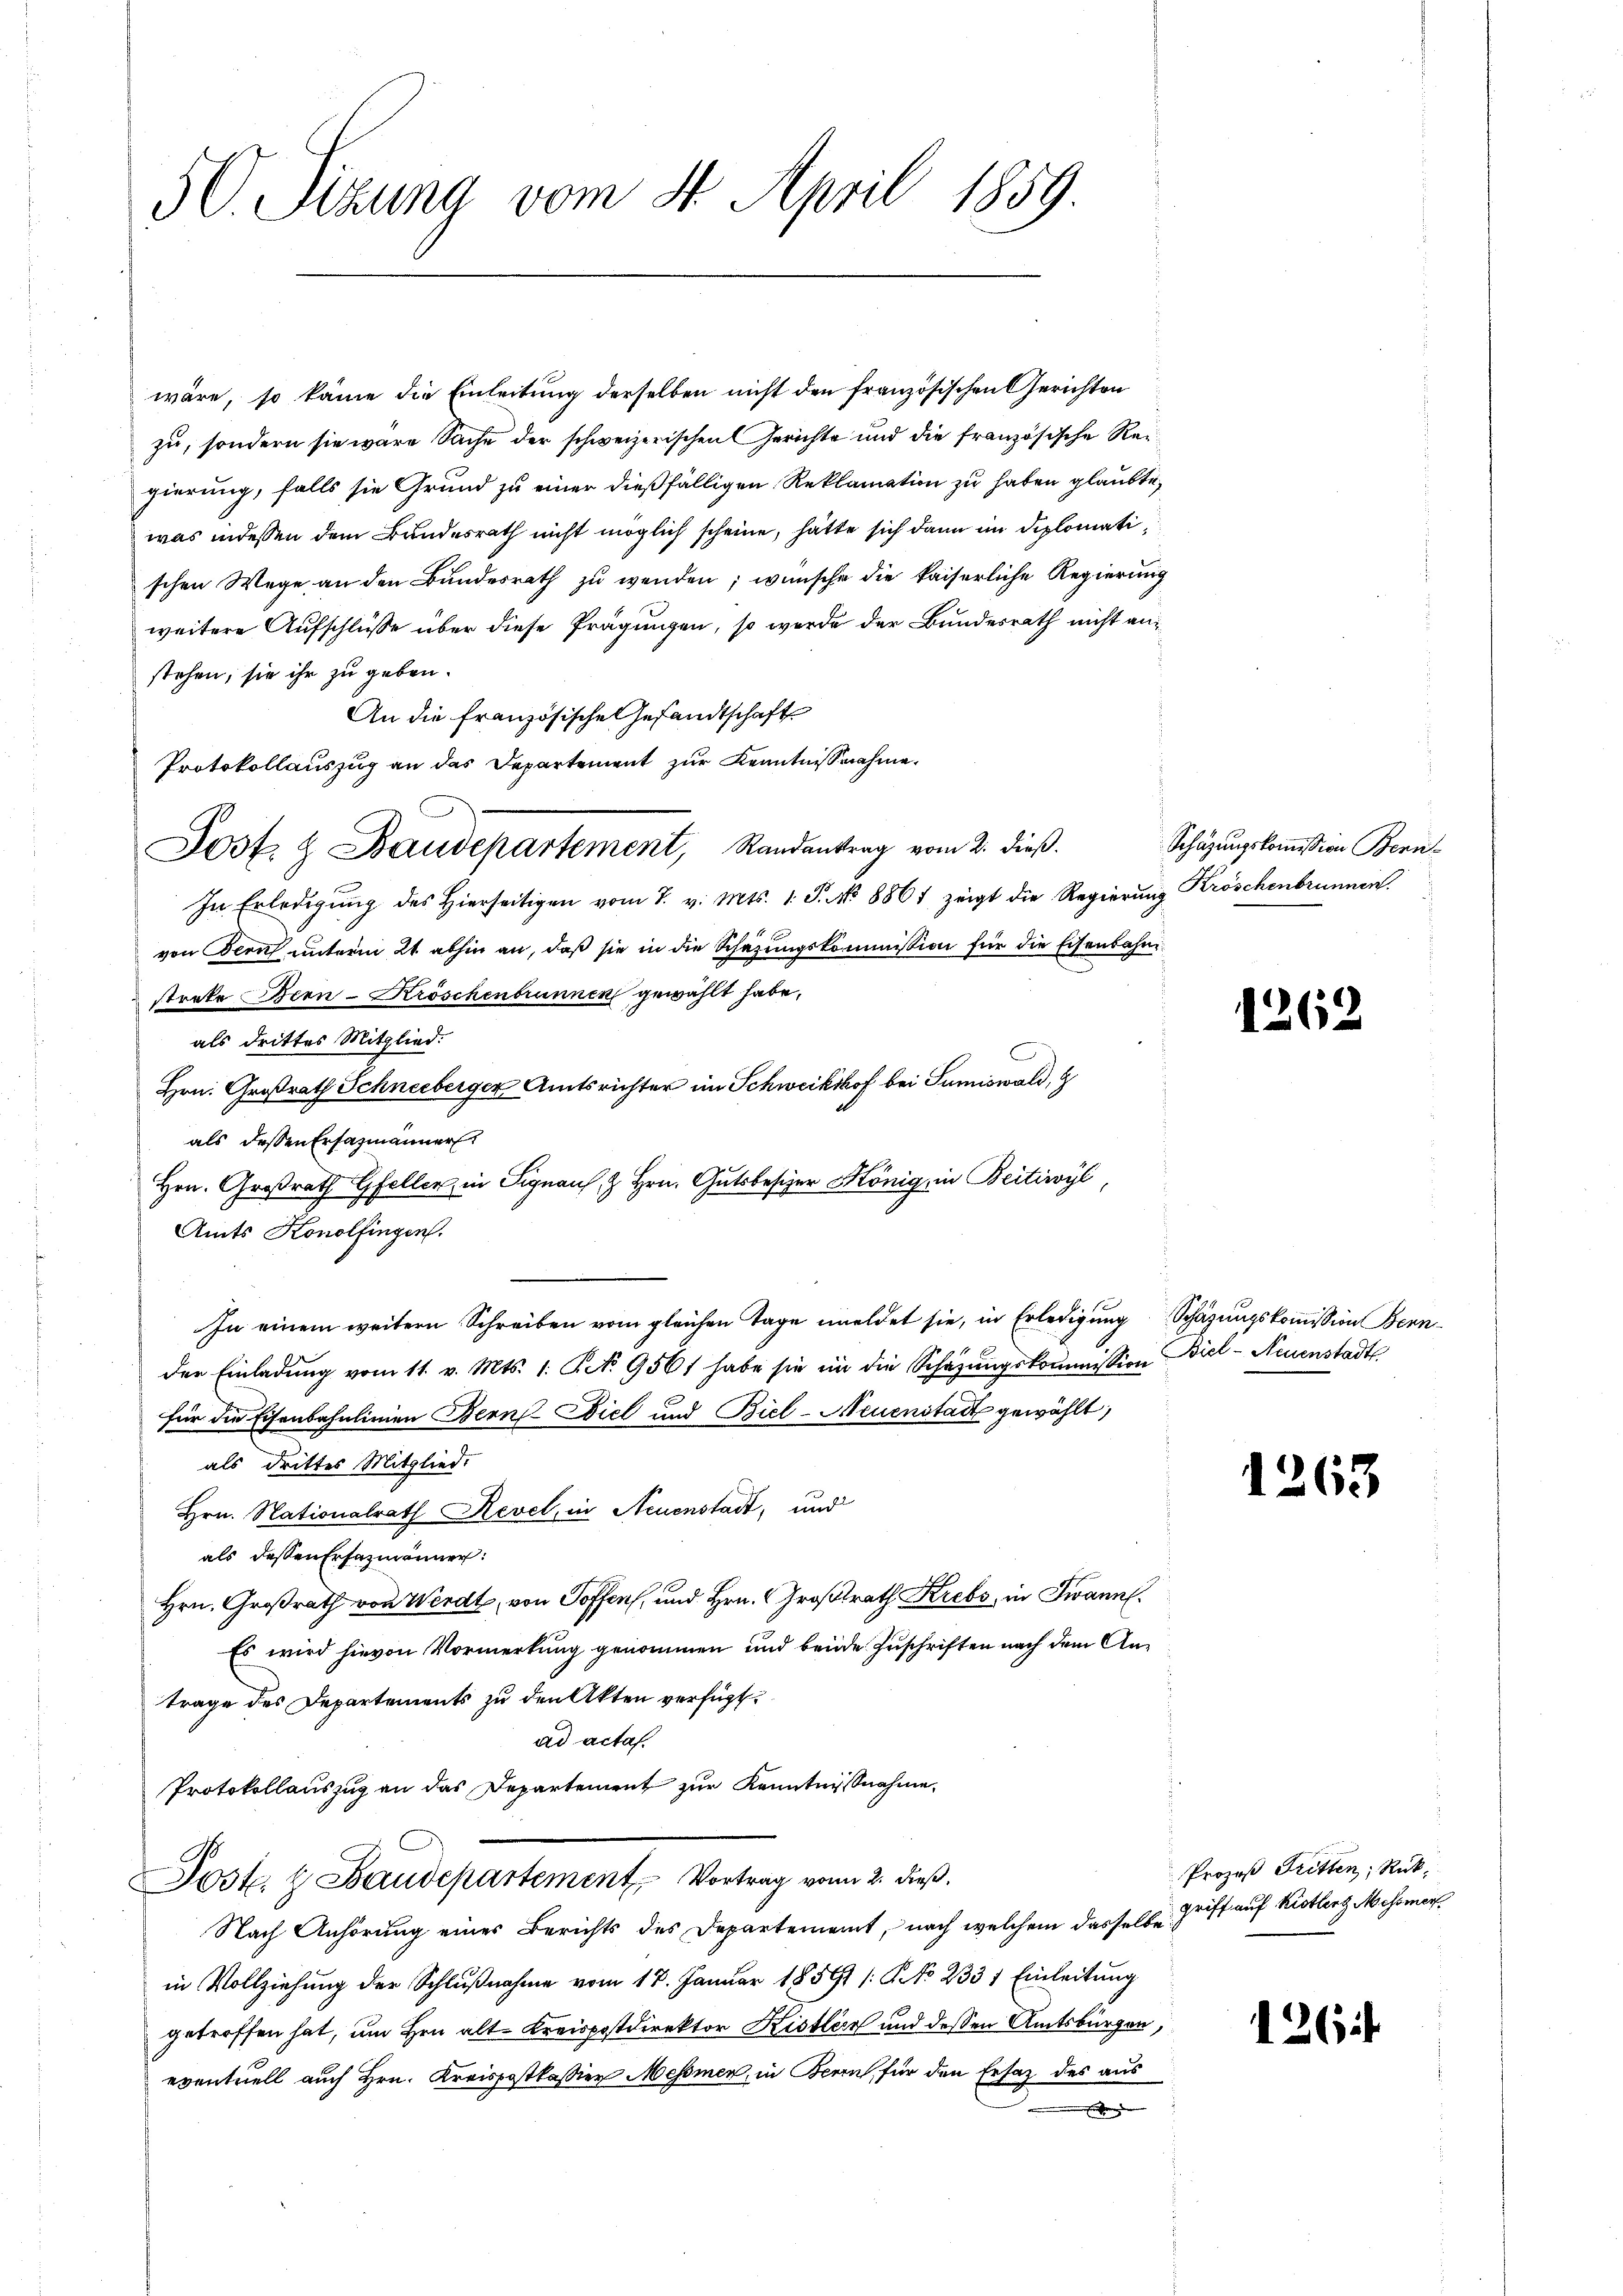
wäre, so käme die Einleitung derselben nicht den französischen Gerichten
zu, sondern sie wäre Sache der schweizerischen Gerichte und die französische Rei
gierung, falls sie Grund zu einer dießfälligen Reklamation zu haben glaubte,
was indessen dem Bundesrath nicht möglich scheine, hätte sich dann im Diplomatischen Wege an den Bundesrath zu wenden; wünsche die kaiserliche Regierung
weitere Aufschlüsse über diese Prägungen, so werde der Bundesrath nicht anstehen, sie ihr zu geben.
An die französische Gesandtschaft
Protokollauszug an das Departement zur Kenntnißnahme,
In Erledigŭng des hierseitigen vom 7. v. Mts. 1. P. No 886 zeigt die Regierŭng Kröschenbrunnen.
von Beruf unterm 21. abhin an, daß sie in die Schazungskommission für die Eisenbahn
strate ren-Kröschenbrunnen gewählt habe,
als drittes Mitglied.
Hrn. Großrath Schneeberger Amtsrichter im Schweikshof bei Sumiswald,
als dessen Ersatzmänner
Hrn. Großrath Gfelle in Signau, z. Hrn. Gutsbesizer König, in Beitiwyl,
Amts Konolfingen.
In einem weitern Schreiben vom gleichen Tage meldet sie, in Erledigung Schätzungskommission Bern
der Einladŭng vom 11. v. Mts. 1. Nr. 956 habe sie in die Schazungskommission Biel- Neuenstadt
für die Eisenbahnlinien Bern Ziel und Biel-Neuenstatt gewählt,
als drittes Mitglied.
Hrn. Nationalrath Revel, in Neuenstadt, und
als dessen Erfazmänner:
Hrn. Großrath von Werdt, von Toffen, und Hrn. Großrath Krebs, in Twann.
Es wird hievon Vormerkung genommen und beide Zuschriften nach dem Antrage des Departements zu den Akten verfügt:
ad acta.
Protokollauszug an das Departement zur Kenntnißnahme
N
Jost & Baudepartement Vortrag vom 2. dieß.
Nach Anhörung eines Berichts des Departement, nach welchem dasselbe Griff auf Kistler Mehrmar
in Vollziehung der Schlŭβnahme vom 17. Januar 1856 /: No 233 1 Einleitung
getroffen hat, um Hrn. Alt-Kreispostdirektor Kistern und dessen Amtsbürgen,
eventuell auch Hrn. Kreispostkassier Messmen, in Bern, für den Ersatz des aus

50. Sizung vom 4. April 1859.

Post. & Baudepartement, Randantrag vom 2. dieß.

Schazungskommission Bern

.

d

62

263

Prozeß Tritten, Rück¬

126